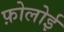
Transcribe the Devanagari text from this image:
फ़ोलोई